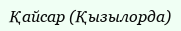
Қайсар (Қызылорда)